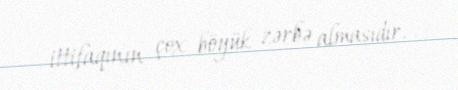
ittifaqının çox böyük zərbə almasıdır.